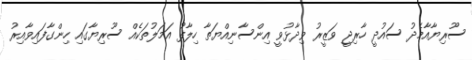
ސޫރިޔާއާމެދު ސައުދީ ހާރިޖީ ވަޒީރު ވިދާޅުވީ އިންސާނިއްޔަތާ ހިލާފު އަމަލުތަކެއް ސޫރިޔާގައި ހިންގާފައިވާއިރު